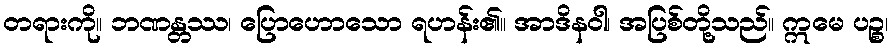
တရားကို။ ဘဏန္တဿ၊ ပြောဟောသော ရဟန်း၏။ အာဒိနဝါ၊ အပြစ်တို့သည်။ ဣမေ ပဉ္စ၊